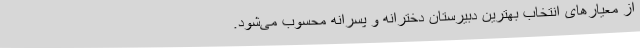
از معیارهای انتخاب بهترین دبیرستان دخترانه و پسرانه محسوب می‌شود.